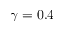
\gamma = 0 . 4